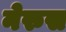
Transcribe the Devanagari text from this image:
नेरुस